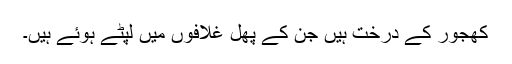
کھجور کے درخت ہیں جن کے پھل غلافوں میں لپٹے ہوئے ہیں۔